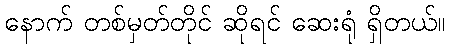
နောက် တစ်မှတ်တိုင် ဆိုရင် ဆေးရုံ ရှိတယ်။